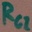
Text: RG2